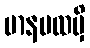
မာနပထမှိ